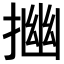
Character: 𢰠